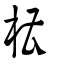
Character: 槽